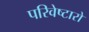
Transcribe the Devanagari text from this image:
परिवेष्टारो